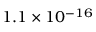
1 . 1 \times 1 0 ^ { - 1 6 }